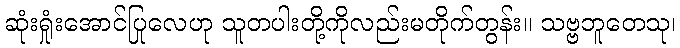
ဆုံးရှုံးအောင်ပြုလေဟု သူတပါးတို့ကိုလည်းမတိုက်တွန်း။ သဗ္ဗဘူတေသု၊